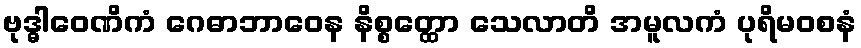
ဗုဒ္ဓါဝေဏိကံ ဂေဓာဘာဝေန နိစ္စတ္ထော သေလာတိ အမူလကံ ပုရိမဝစနံ